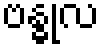
ဗန္ဓုလ